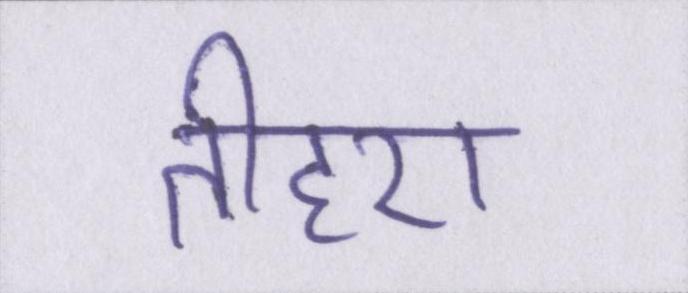
तीहरा